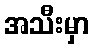
အသီးမှာ